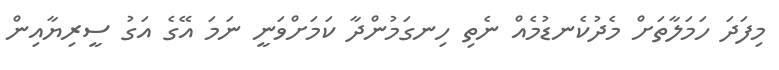
މިފަދަ ހަމަލާތަށް މެދުކެނޑުމެއް ނެތި ހިނގަމުންދާ ކަމަށްވަނީ ނަމަ އޭގެ އަގު ސީރިޔާއިން